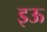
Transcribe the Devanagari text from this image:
इऊ